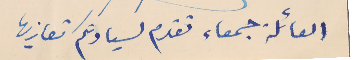
العائلة جمعاء تقدم لسيادتكم تعازيها